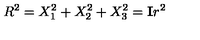
R ^ { 2 } = X _ { 1 } ^ { 2 } + X _ { 2 } ^ { 2 } + X _ { 3 } ^ { 2 } = \mathbf { I } r ^ { 2 }